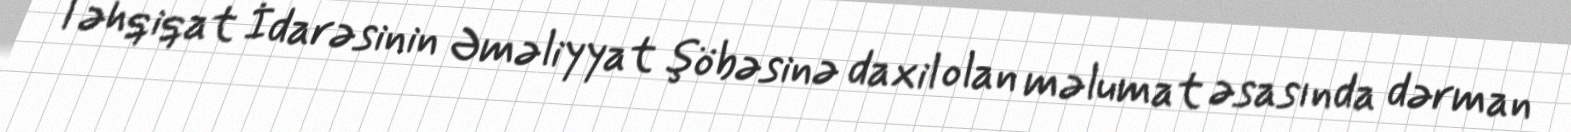
Təhqiqat İdarəsinin Əməliyyat şöbəsinə daxil olan məlumat əsasında dərman